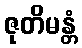
ဇုတိမန္တံ